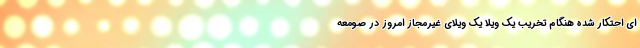
ای احتکار شده هنگام تخریب یک ویلا یک ویلای غیرمجاز امروز در صومعه